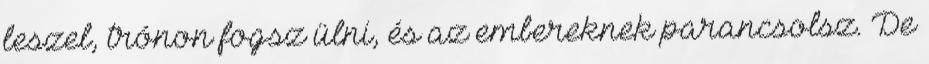
leszel, trónon fogsz ülni, és az embereknek parancsolsz. De